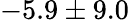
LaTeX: -5.9\pm 9.0